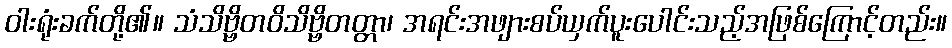
ဝါးရုံးခက်တို့၏။ သံသိဗ္ဗိတဝိသိဗ္ဗိတတ္တာ၊ အရင်းအဖျားစပ်ယှက်ပူးပေါင်းသည့်အဖြစ်ကြောင့်တည်း။